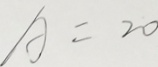
A = 2 0